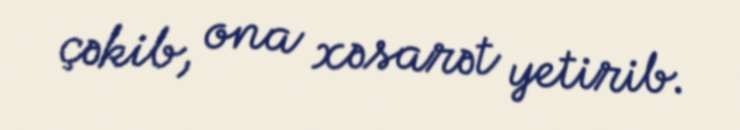
çəkib, ona xəsarət yetirib.